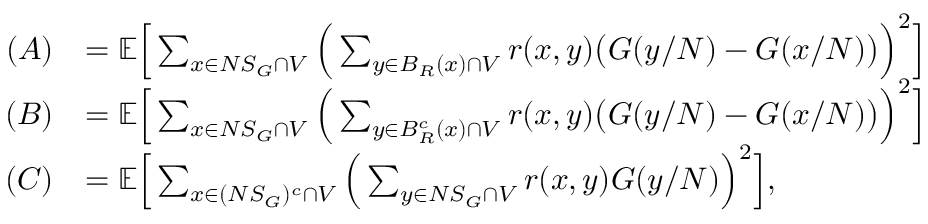
\begin{array} { r l } { ( A ) } & { = \mathbb E \Big [ \sum _ { x \in N S _ { G } \cap V } \Big ( \sum _ { y \in B _ { R } ( x ) \cap V } r ( x , y ) \big ( G ( y / N ) - G ( x / N ) \big ) \Big ) ^ { 2 } \Big ] } \\ { ( B ) } & { = \mathbb E \Big [ \sum _ { x \in N S _ { G } \cap V } \Big ( \sum _ { y \in B _ { R } ^ { c } ( x ) \cap V } r ( x , y ) \big ( G ( y / N ) - G ( x / N ) \big ) \Big ) ^ { 2 } \Big ] } \\ { ( C ) } & { = \mathbb E \Big [ \sum _ { x \in ( N S _ { G } ) ^ { c } \cap V } \Big ( \sum _ { y \in N S _ { G } \cap V } r ( x , y ) G ( y / N ) \Big ) ^ { 2 } \Big ] , } \end{array}